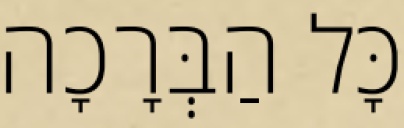
כָּל הַבְּרָכָה